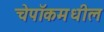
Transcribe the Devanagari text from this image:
चेपॉकमधील